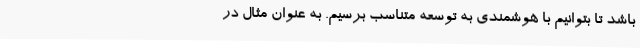
باشد تا بتوانیم با هوشمندی به توسعه متناسب برسیم. به عنوان مثال در